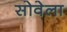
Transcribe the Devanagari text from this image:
सोवेला